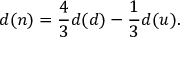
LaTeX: \displaystyle d ( n ) = \frac { 4 } { 3 } d ( d ) - \frac { 1 } { 3 } d ( u ) .